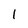
Character: 1